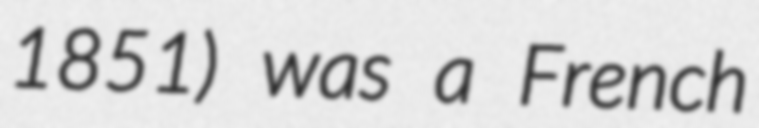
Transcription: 1851) was a French